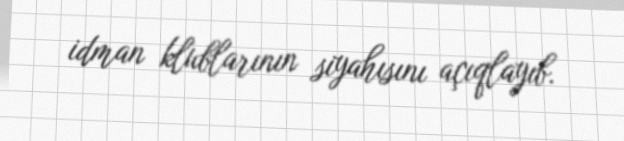
idman klublarının siyahısını açıqlayıb.